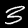
Label: 3